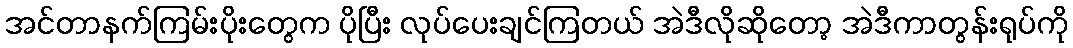
အင်တာနက်ကြမ်းပိုးတွေက ပိုပြီး လုပ်ပေးချင်ကြတယ် အဲဒီလိုဆိုတော့ အဲဒီကာတွန်းရုပ်ကို